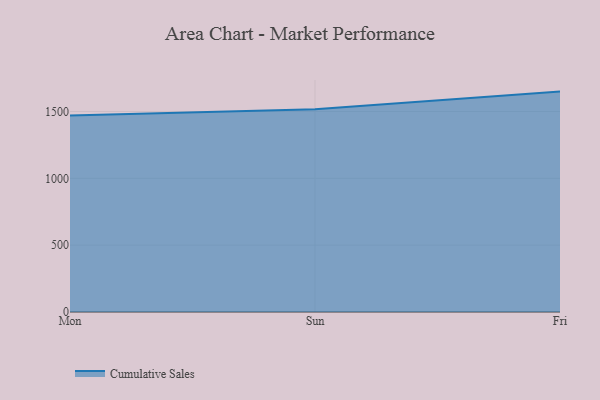
{"axis": {"x": "Day", "y": "Production Output"}, "legend": ["Cumulative Sales"], "data": [{"x": "Mon", "y": 1470.2, "type": "Cumulative Sales"}, {"x": "Sun", "y": 1516.3, "type": "Cumulative Sales"}, {"x": "Fri", "y": 1648.9, "type": "Cumulative Sales"}]}